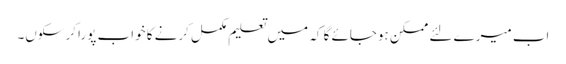
اب میرے لئے ممکن ہوجائے گا کہ میں تعلیم مکمل کرنے کا خواب پورا کرسکوں۔